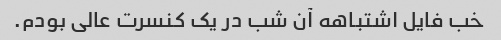
خب فایل اشتباهه آن شب در یک کنسرت عالی بودم.